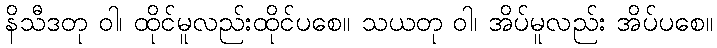
နိသီဒတု ဝါ၊ ထိုင်မူလည်းထိုင်ပစေ။ သယတု ဝါ၊ အိပ်မူလည်း အိပ်ပစေ။